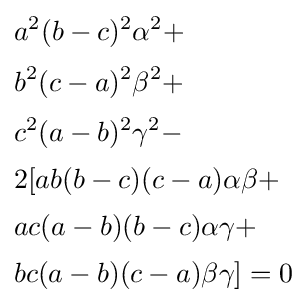
{\begin{aligned}&a^{2}(b-c)^{2}\alpha ^{2}+\\[2pt]&b^{2}(c-a)^{2}\beta ^{2}+\\[2pt]&c^{2}(a-b)^{2}\gamma ^{2}-\\[2pt]&2[ab(b-c)(c-a)\alpha \beta +\\[2pt]&ac(a-b)(b-c)\alpha \gamma +\\[2pt]&bc(a-b)(c-a)\beta \gamma ]=0\end{aligned}}